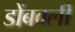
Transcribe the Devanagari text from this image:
डोंबवली